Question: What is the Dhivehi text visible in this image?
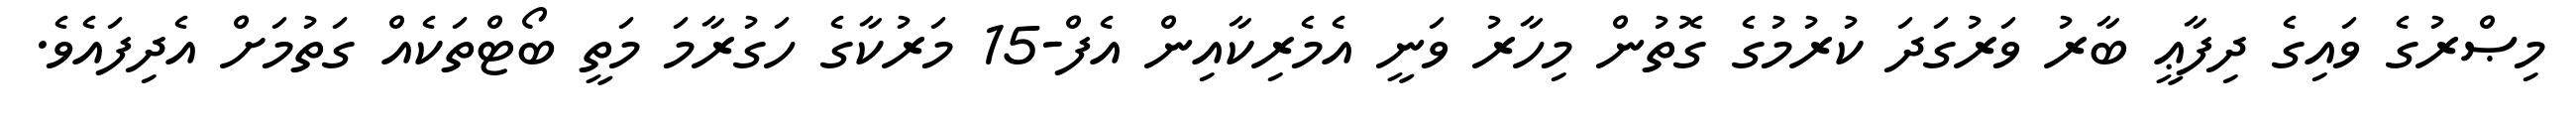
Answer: މިޞްރުގެ ވައިގެ ދިފާޢީ ބާރު ވަރުގަދަ ކުރުމުގެ ގޮތުން މިހާރު ވަނީ އެމެރިކާއިން އެފް-15 މަރުކާގެ ހަގުރާމަ މަތީ ބޯޓްތަކެއް ގަތުމަށް އެދިފައެވެ.